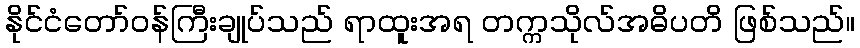
နိုင်ငံတော်ဝန်ကြီးချုပ်သည် ရာထူးအရ တက္ကသိုလ်အဓိပတိ ဖြစ်သည်။